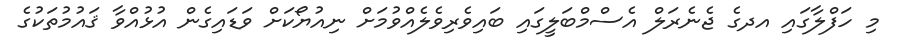
މި ހަފްލާގައި އދގެ ޖެނެރަލް އެސްމްބަލީގައި ބައިވެރިވެލެއްވުމަށް ނިއުޔޯކަށް ވަޑައިގެން އުޅުއްވާ ޤައުމުތަކުގެ